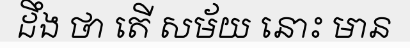
ដឹង ថា តើ សម័យ នោះ មាន